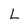
Character: L